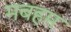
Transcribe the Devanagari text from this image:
मबहम